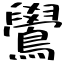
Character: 鷽